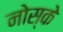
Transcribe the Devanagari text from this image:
नोस्के